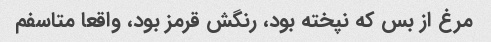
مرغ از بس که نپخته بود، رنگش قرمز بود، واقعا متاسفم